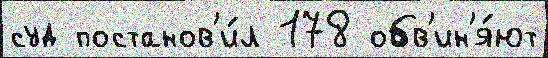
суд постанов'и́л 178 обв'ин'я́ют